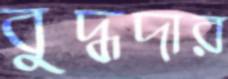
বুদ্ধদার